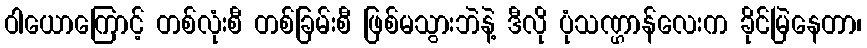
ဝါယောကြောင့် တစ်လုံးစီ တစ်ခြမ်းစီ ဖြစ်မသွားဘဲနဲ့ ဒီလို ပုံသဏ္ဌာန်လေးက ခိုင်မြဲနေတာ၊